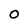
Character: O